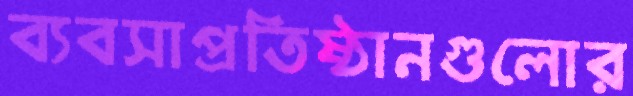
ব্যবসাপ্রতিষ্ঠানগুলোর